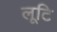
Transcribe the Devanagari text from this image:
लूटि